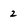
Character: 2